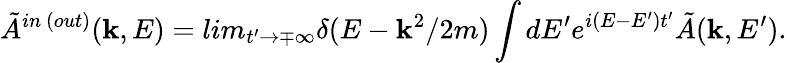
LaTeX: \tilde{A}^{in~(out)}({\mathbf k},E)=lim_{t^{\prime}\rightarrow\mp\infty}\delta(E-{\mathbf k}^{2}/2m)\int dE^{\prime}e^{i(E-E^{\prime})t^{\prime}}\tilde{A}({\mathbf k},E^{\prime}).